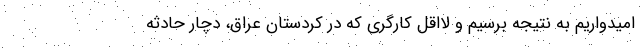
امیدواریم به نتیجه برسیم و لااقل کارگری که در کردستان عراق، دچار حادثه